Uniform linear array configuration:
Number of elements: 12
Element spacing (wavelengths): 0.75
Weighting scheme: blackman
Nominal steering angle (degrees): -45
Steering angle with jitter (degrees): -43.227
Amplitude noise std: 0.05
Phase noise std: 0.05

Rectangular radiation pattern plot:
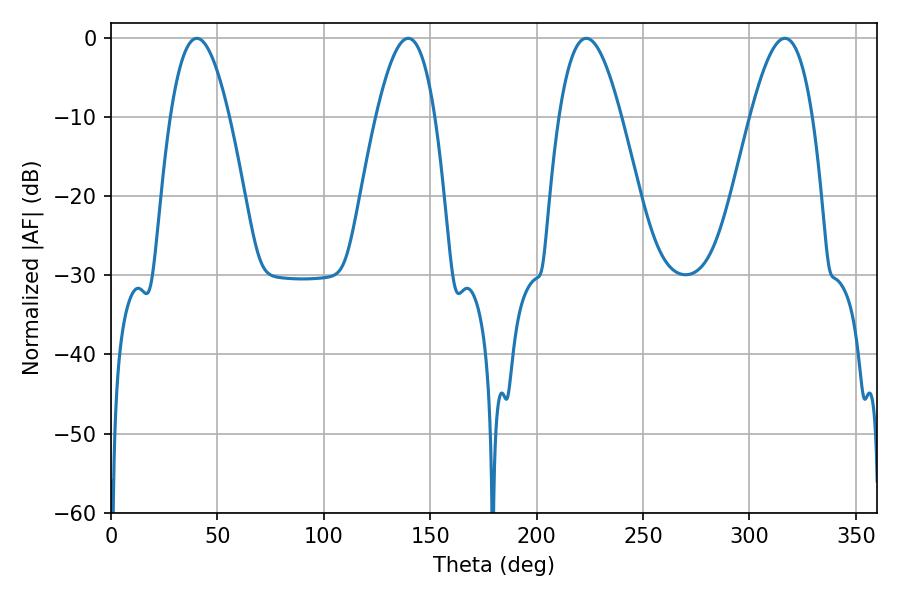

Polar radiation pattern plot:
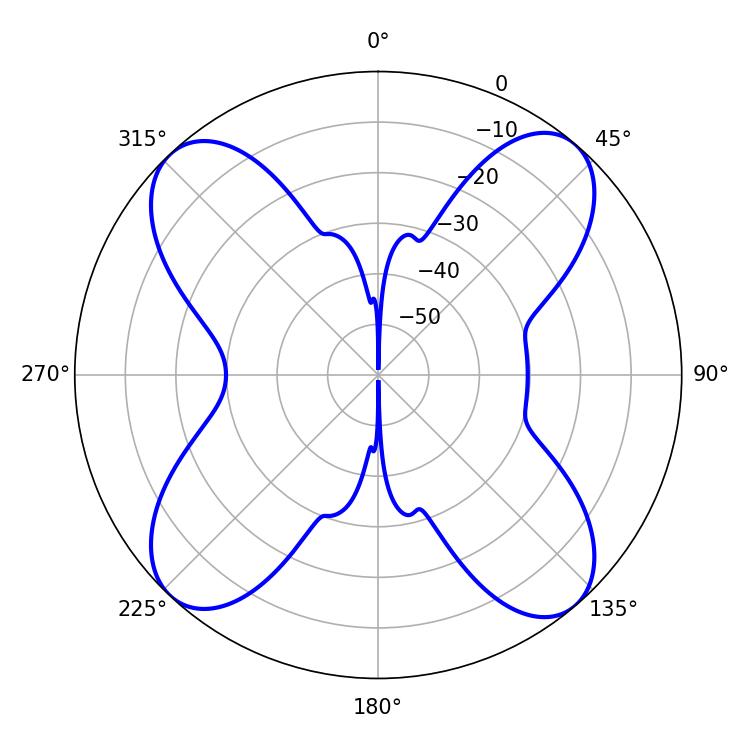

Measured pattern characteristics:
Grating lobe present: TRUE
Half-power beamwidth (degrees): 15.12
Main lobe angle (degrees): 40.32